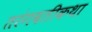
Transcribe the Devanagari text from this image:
तरंगवतीकथा